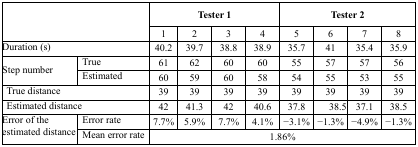
<table><thead><tr><td rowspan="2" colspan="2"></td><td colspan="4"><b>Tester 1</b></td><td colspan="4"><b>Tester 2</b></td></tr><tr><td><b>1</b></td><td><b>2</b></td><td><b>3</b></td><td><b>4</b></td><td><b>5</b></td><td><b>6</b></td><td><b>7</b></td><td><b>8</b></td></tr></thead><tbody><tr><td colspan="2">Duration (s)</td><td>40.2</td><td>39.7</td><td>38.8</td><td>38.9</td><td>35.7</td><td>41</td><td>35.4</td><td>35.9</td></tr><tr><td rowspan="2">Step number</td><td>True</td><td>61</td><td>62</td><td>60</td><td>60</td><td>55</td><td>57</td><td>57</td><td>56</td></tr><tr><td>Estimated</td><td>60</td><td>59</td><td>60</td><td>58</td><td>54</td><td>55</td><td>53</td><td>55</td></tr><tr><td colspan="2">True distance</td><td>39</td><td>39</td><td>39</td><td>39</td><td>39</td><td>39</td><td>39</td><td>39</td></tr><tr><td colspan="2">Estimated distance</td><td>42</td><td>41.3</td><td>42</td><td>40.6</td><td>37.8</td><td>38.5</td><td>37.1</td><td>38.5</td></tr><tr><td rowspan="2">Error of the estimated distance</td><td>Error rate</td><td>7.7%</td><td>5.9%</td><td>7.7%</td><td>4.1%</td><td>−3.1%</td><td>−1.3%</td><td>−4.9%</td><td>−1.3%</td></tr><tr><td>Mean error rate</td><td colspan="8">1.86%</td></tr></tbody></table>